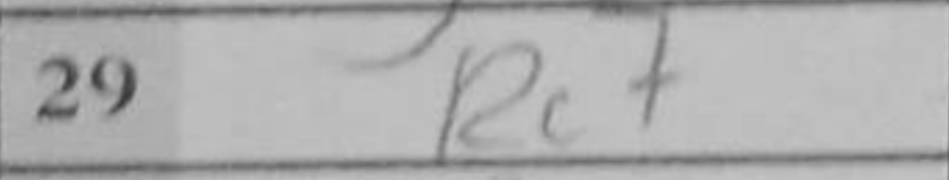
Transcription: Re7